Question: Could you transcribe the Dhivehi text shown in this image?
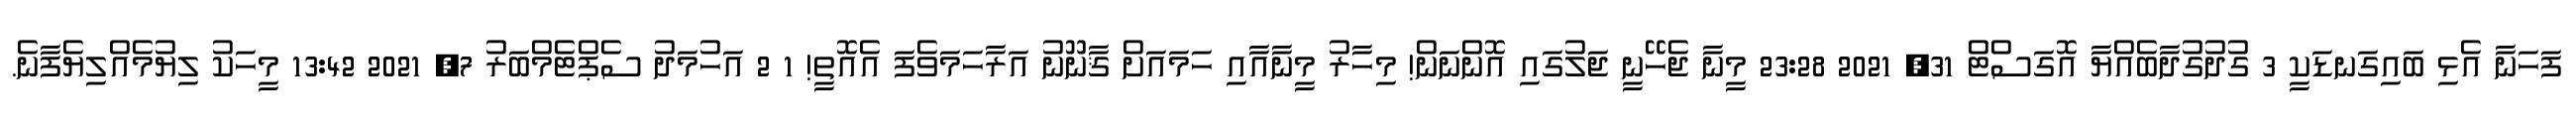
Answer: ފަހަނާ އެޅި ބައިގަނޑަކީ 3 ގުދުގުދާބެއްޔާ އޮގަސްޓް 31, 2021 23:28 މީނާ ޖެހޭނީ ޖަލުގައި އޮންނަން! މިހާރު މީނާއާއި ހަމައަށް ޤާނޫނު އަރާހަމަވެފަ އެއޮތީ! 1 2 އަހުމަދު ސެޕްޓެމްބަރު 7, 2021 13:42 މީހަކު ލިޔުމެއްލިޔެފާނެ.